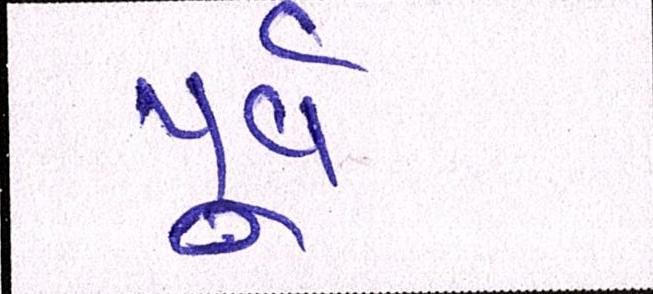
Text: પુર્વ